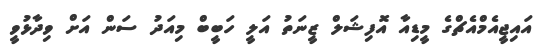
އައިޖީއެމްއެޗްގެ މީޑިއާ އޮފިޝަލް ޒީނަތު އަލީ ހަބީބް މިއަދު ސަން އަށް ވިދާޅުވީ